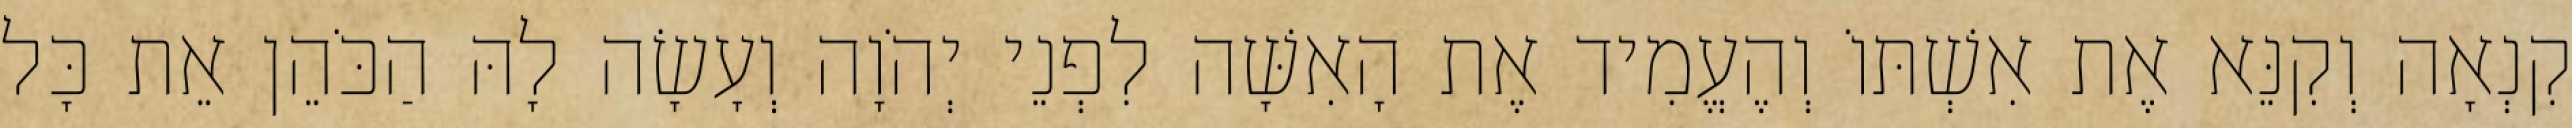
קִנְאָה וְקִנֵּא אֶת אִשְׁתּוֹ וְהֶעֱמִיד אֶת הָאִשָּׁה לִפְנֵי יְהֹוָה וְעָשָׂה לָהּ הַכֹּהֵן אֵת כָּל